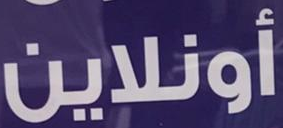
أونلاين